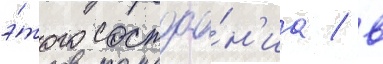
э́того состоа́н'иа / в